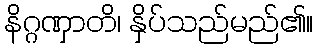
နိဂ္ဂဏှာတိ၊ နှိပ်သည်မည်၏။